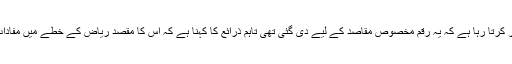
اگرچہ پاکستان انکار کرتا رہا ہے کہ یہ رقم مخصوص مقاصد کے لیے دی گئی تھی تاہم ذرائع کا کہنا ہے کہ اس کا مقصد ریاض کے خطے میں مفادات کا تحفظ کرنا تھا۔